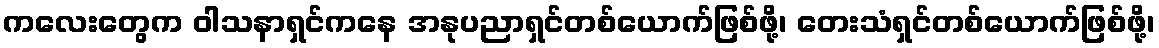
ကလေးတွေက ဝါသနာရှင်ကနေ အနုပညာရှင်တစ်ယောက်ဖြစ်ဖို့၊ တေးသံရှင်တစ်ယောက်ဖြစ်ဖို့၊